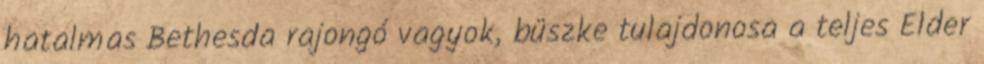
hatalmas Bethesda rajongó vagyok, büszke tulajdonosa a teljes Elder